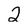
Character: 2